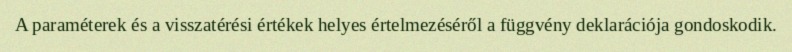
A paraméterek és a visszatérési értékek helyes értelmezéséről a függvény deklarációja gondoskodik.